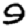
Digit: 9